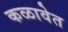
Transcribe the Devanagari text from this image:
कळावेत